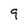
Character: 9